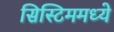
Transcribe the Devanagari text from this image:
सिस्टिममध्ये